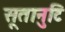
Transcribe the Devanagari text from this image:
सूतानुटि